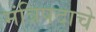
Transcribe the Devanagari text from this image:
मंत्रिपदाचे